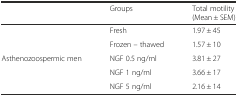
<table><thead><tr><td></td><td><b>Groups</b></td><td><b>Total motility (Mean ± SEM)</b></td></tr></thead><tbody><tr><td></td><td>Fresh</td><td>1.97 ± 45</td></tr><tr><td></td><td>Frozen – thawed</td><td>1.57 ± 10</td></tr><tr><td>Asthenozoospermic men</td><td>NGF 0.5 ng/ml</td><td>3.81 ± 27</td></tr><tr><td></td><td>NGF 1 ng/ml</td><td>3.66 ± 17</td></tr><tr><td></td><td>NGF 5 ng/ml</td><td>2.16 ± 14</td></tr></tbody></table>